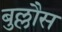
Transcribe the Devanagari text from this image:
बुल्लौस